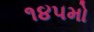
૧૪૫મો